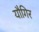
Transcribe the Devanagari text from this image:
यौगिर